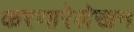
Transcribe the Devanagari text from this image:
करणारेलेखन